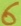
Text: 6